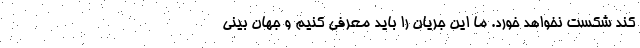
کند شکست نخواهد خورد. ما این جریان را باید معرفی کنیم و جهان بینی